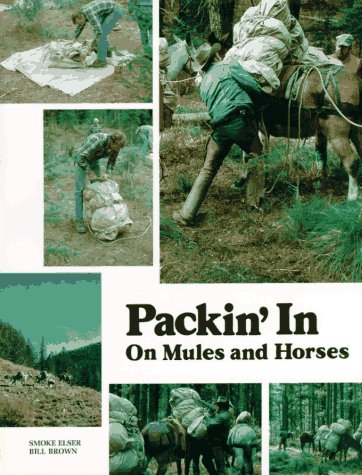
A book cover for Packin' in on Mules and Horses; Smoke Elser; Sports & Outdoors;